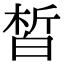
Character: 皙